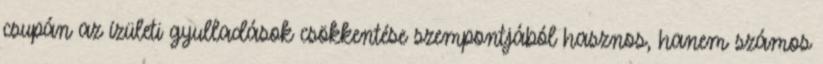
csupán az ízületi gyulladások csökkentése szempontjából hasznos, hanem számos